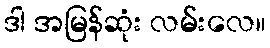
ဒါ အမြန်ဆုံး လမ်းလေ။